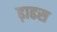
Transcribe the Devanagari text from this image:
ढ़ाढस